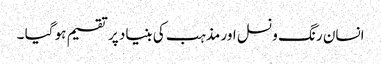
انسان رنگ و نسل اور مذہب کی بنیاد پر تقسیم ہو گیا ۔